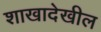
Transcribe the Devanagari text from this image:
शाखादेखील